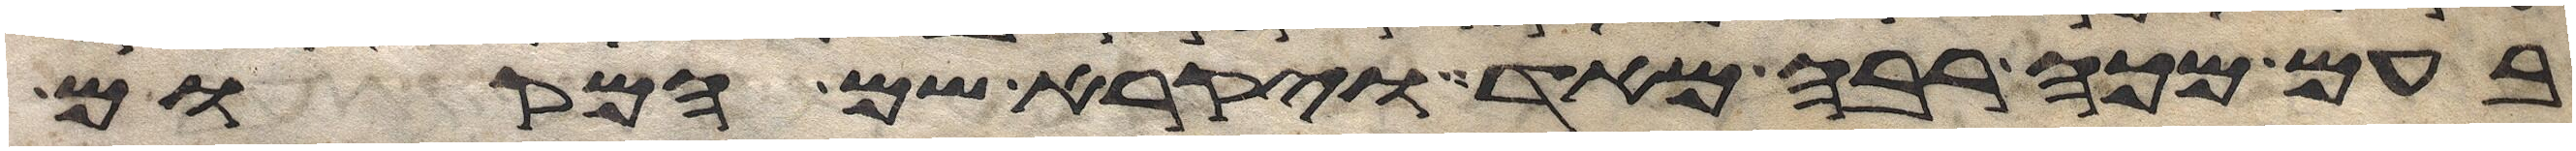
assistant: בעם מכה רבה מאד ויקרא שם המקום